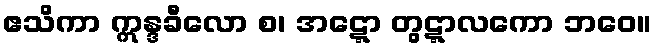
ဧသိကာ ဣန္ဒခီလော စ၊ အဋ္ဋော တွဋ္ဋာလကော ဘဝေ။